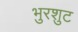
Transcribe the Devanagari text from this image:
भुरशुट